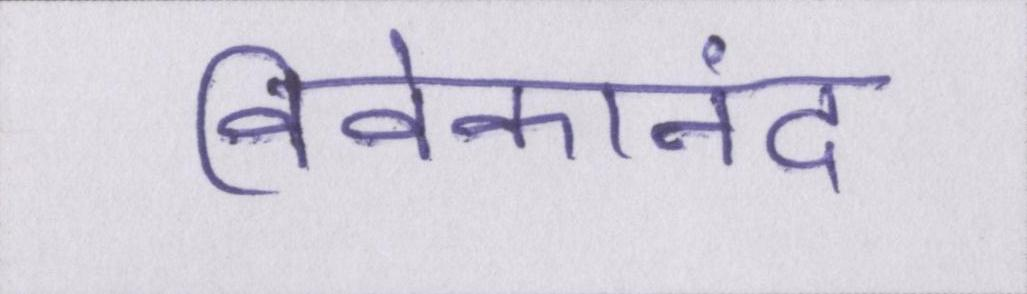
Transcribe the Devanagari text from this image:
विवेकानंद